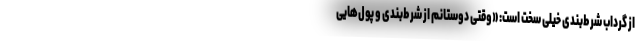
از گرداب شرط‌بندی خیلی سخت است: «وقتی دوستانم از شرط‌بندی و پول‌هایی